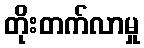
တိုးတက်လာမှု